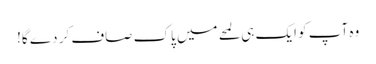
وہ آپ کو ایک ہی لمحے میں پاک صاف کر دے گا!